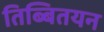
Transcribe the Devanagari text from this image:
तिब्बितयन